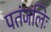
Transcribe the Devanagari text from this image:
पतंजलिः